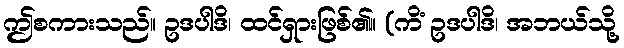
ဤစကားသည်။ ဥဒပါဒိ၊ ထင်ရှားဖြစ်၏။ (ကိံ ဥဒပါဒိ၊ အဘယ်သို့